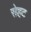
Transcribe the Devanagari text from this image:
रोहट